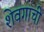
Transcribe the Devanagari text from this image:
शेवगाची